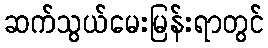
ဆက်သွယ်မေးမြန်းရာတွင်